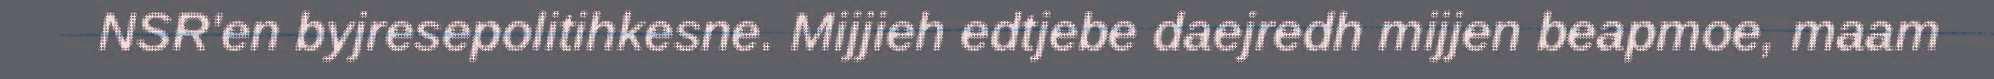
NSR'en byjresepolitihkesne. Mijjieh edtjebe daejredh mijjen beapmoe, maam